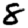
Digit: 8